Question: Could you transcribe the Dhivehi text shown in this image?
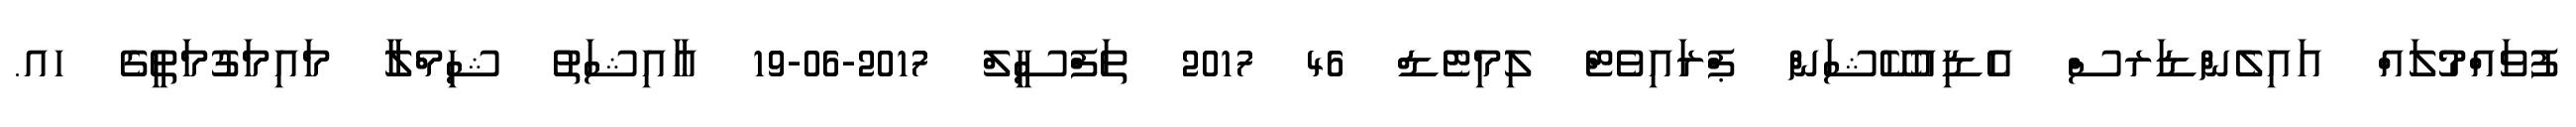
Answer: ފުވައްމުލައް އައިލެންޑަރސް އެޑިއުކޭޝަން ޕްރައިވެޓް ލިމިޓެޑް 46 2017 ތަފްސީލް 2017-06-19 ޢާއިޝަތު ޝިމްލާ މައިމަގުމަތީގެ ހއ.